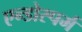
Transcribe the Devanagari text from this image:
एन्डोस्पर्म